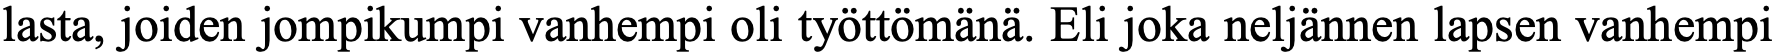
lasta, joiden jompikumpi vanhempi oli työttömänä. Eli joka neljännen lapsen vanhempi